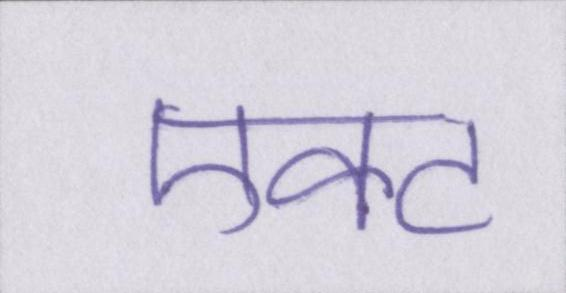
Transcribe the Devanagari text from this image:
एक्ट